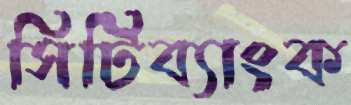
সিটিব্যাংক